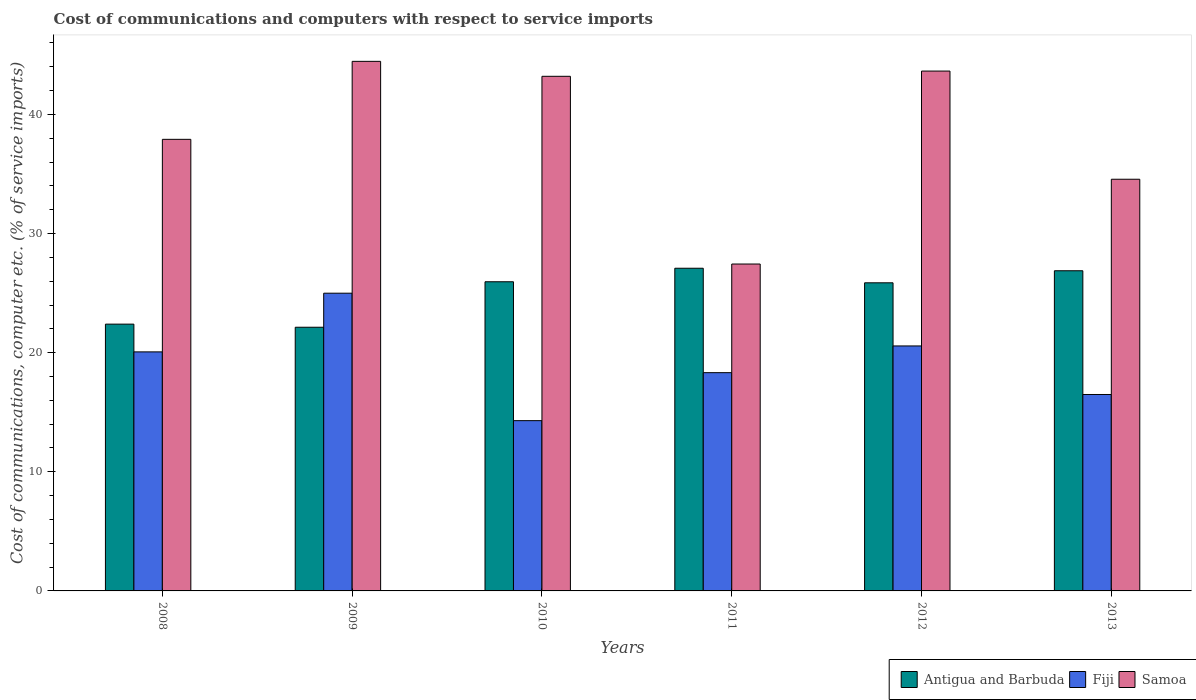
| Years | Antigua and Barbuda | Fiji | Samoa |
 | --- | --- | --- | --- |
 | 2008 | 22.4 | 20.1 | 37.9 |
 | 2009 | 22.1 | 25 | 44.5 |
 | 2010 | 26 | 14.3 | 43.2 |
 | 2011 | 27.1 | 18.3 | 27.4 |
 | 2012 | 25.9 | 20.6 | 43.6 |
 | 2013 | 26.9 | 16.5 | 34.6 |